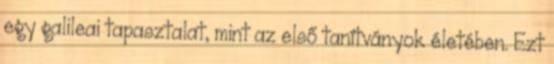
egy galileai tapasztalat, mint az első tanítványok életében. Ezt